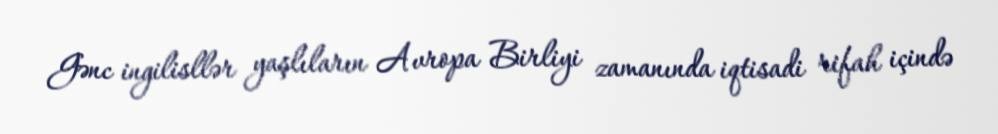
Gənc ingilisllər yaşlıların Avropa Birliyi zamanında iqtisadi rifah içində